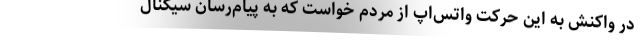
در واکنش به این حرکت واتس‌اپ از مردم خواست که به پیام‌رسان سیگنال